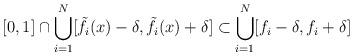
LaTeX: \begin{align*}[0,1]\cap \bigcup_{i=1}^N[\tilde f_i(x)-\delta,\tilde f_i(x)+\delta]\subset\bigcup_{i=1}^N[f_i-\delta,f_i+\delta]\end{align*}